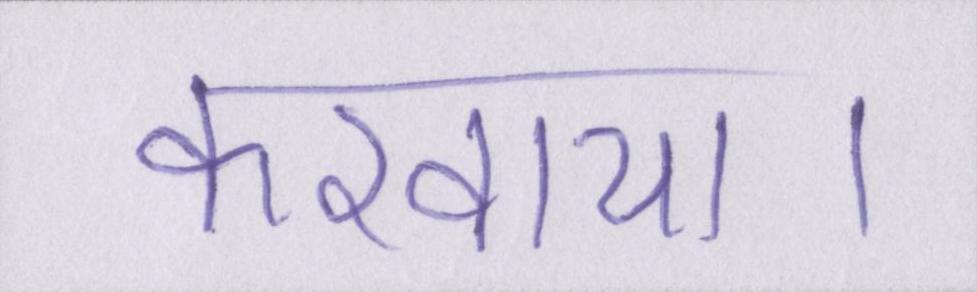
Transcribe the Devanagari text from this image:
करवाया।